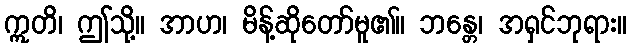
ဣတိ၊ ဤသို့။ အာဟ၊ မိန့်ဆိုတော်မူ၏။ ဘန္တေ၊ အရှင်ဘုရား။